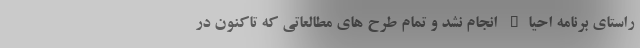
راستای برنامه احیاء انجام نشد و تمام طرح های مطالعاتی که تاکنون در